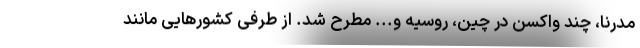
مدرنا، چند واکسن در چین، روسیه و... مطرح شد. از طرفی کشورهایی مانند